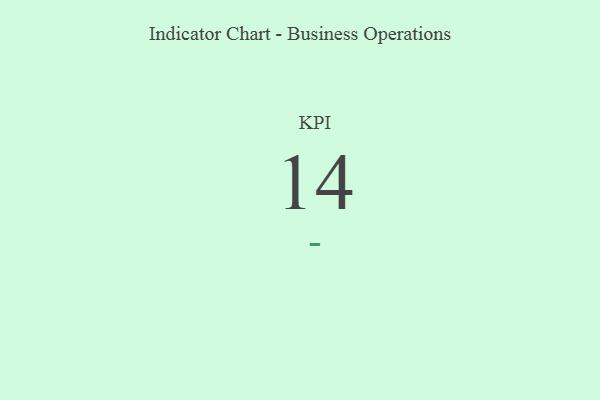
{"axis": {"x": "KPI", "y": "Value"}, "legend": [""], "data": [{"x": "KPI", "y": 14, "type": ""}]}